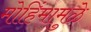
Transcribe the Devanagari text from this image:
मोहिंमामुळे